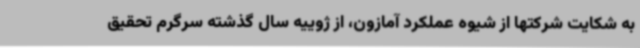
به شکایت شرکتها از شیوه عملکرد آمازون، از ژوییه سال گذشته سرگرم تحقیق